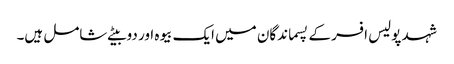
شہد پولیس افسر کے پسماندگان میں ایک بیوہ اور دو بیٹے شامل ہیں۔